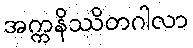
အက္ကနိဿိတဂါလာ